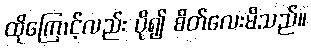
ထိုကြောင့်လည်း ပို၍ စိတ်လေးမိသည်။